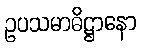
ဥပသမာဓိဋ္ဌာနော